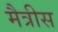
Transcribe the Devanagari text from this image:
मैत्रीस